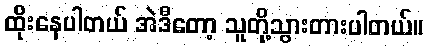
ထိုးနေပါတယ် အဲဒီတော့ သူတို့သွားတားပါတယ်။